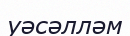
уәсәлләм